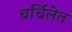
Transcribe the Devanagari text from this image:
चर्चिलेत